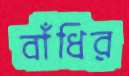
বাঁধির